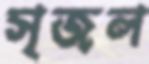
সৃজল